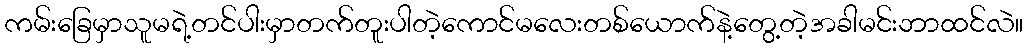
ကမ်းခြေမှာသူမရဲ့တင်ပါးမှာတက်တူးပါတဲ့ကောင်မလေးတစ်ယောက်နဲ့တွေ့တဲ့အခါမင်းဘာထင်လဲ။